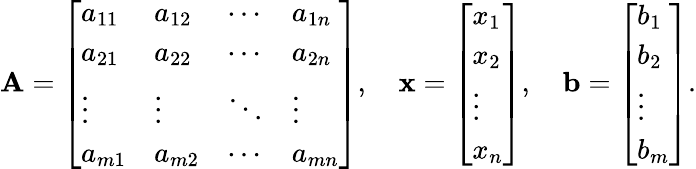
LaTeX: \mathbf{A}={\left[\begin{array}{llll}{a_{11}}&{a_{12}}&{\cdots}&{a_{1n}}\\ {a_{21}}&{a_{22}}&{\cdots}&{a_{2n}}\\ {\vdots}&{\vdots}&{\ddots}&{\vdots}\\ {a_{m1}}&{a_{m2}}&{\cdots}&{a_{mn}}\end{array}\right]},\quad\mathbf{{x}}={\left[\begin{array}{l}{x_{1}}\\ {x_{2}}\\ {\vdots}\\ {x_{n}}\end{array}\right]},\quad\mathbf{{b}}={\left[\begin{array}{l}{b_{1}}\\ {b_{2}}\\ {\vdots}\\ {b_{m}}\end{array}\right]}.